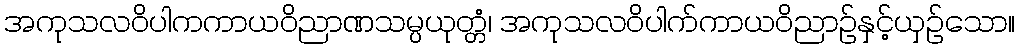
အကုသလဝိပါကကာယဝိညာဏသမ္ပယုတ္တံ၊ အကုသလဝိပါက်ကာယဝိညာဉ်နှင့်ယှဉ်သော။